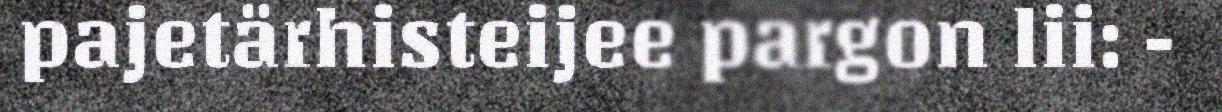
pajetärhisteijee pargon lii: -